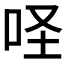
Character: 𠱅